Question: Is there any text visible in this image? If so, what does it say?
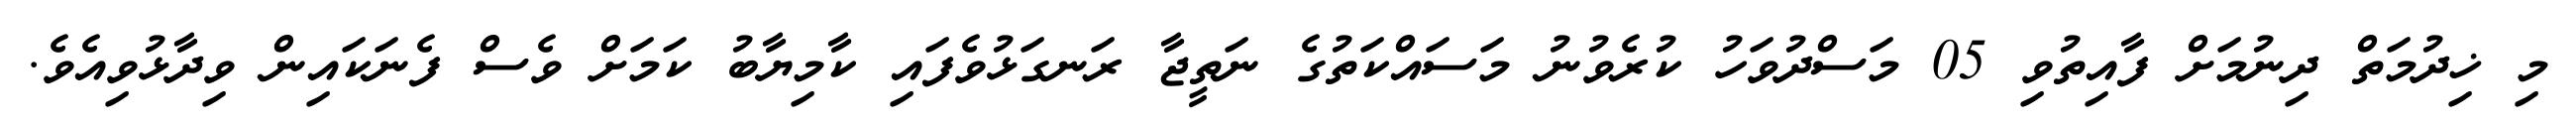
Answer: މި ޚިދުމަތް ދިނުމަށް ފާއިތުވި 05 މަސްދުވަހު ކުރެވުނު މަސައްކަތުގެ ނަތީޖާ ރަނގަޅުވެފައި ކާމިޔާބު ކަމަށް ވެސް ފެނަކައިން ވިދާޅުވިއެވެ.